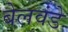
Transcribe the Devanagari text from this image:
बेलवंडे